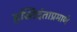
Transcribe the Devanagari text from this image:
हस्तिदंताप्रमाणे